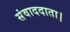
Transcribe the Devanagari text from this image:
संवाददाता।